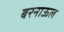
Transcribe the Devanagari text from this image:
बरनाऊल